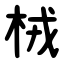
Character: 㭜